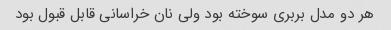
هر دو مدل بربری سوخته بود ولی نان خراسانی قابل قبول بود